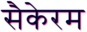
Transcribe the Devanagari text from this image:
सैकेरम